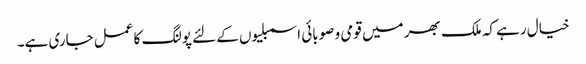
خیال رہے کہ ملک بھر میں قومی و صوبائی اسمبلیوں کے لئے پولنگ کا عمل جاری ہے۔